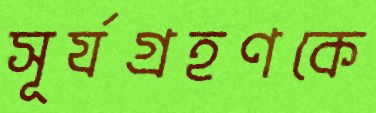
সূর্যগ্রহণকে